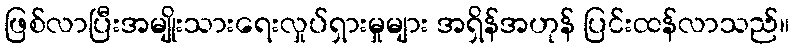
ဖြစ်လာပြီးအမျိုးသားရေးလှုပ်ရှားမှုများ အရှိန်အဟုန် ပြင်းထန်လာသည်။